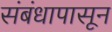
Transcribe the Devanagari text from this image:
संबंधापासून